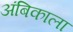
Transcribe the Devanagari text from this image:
अंबिकाला